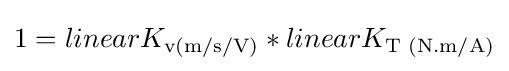
1=linear{\displaystyle K_{\text{v(m/s/V)}}}*linear{\displaystyle K_{\text{T (N.m/A)}}}